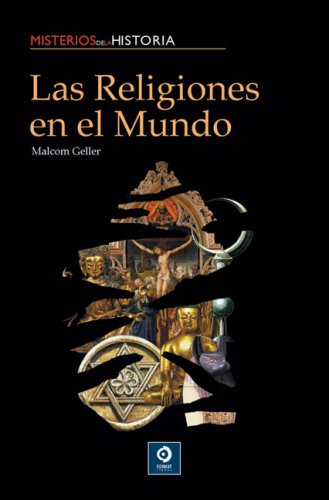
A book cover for Las religiones en el mundo (Misterios de la historia) (Spanish Edition); Malcom Geller; Religion & Spirituality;